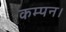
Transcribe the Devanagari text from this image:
कम्पन।